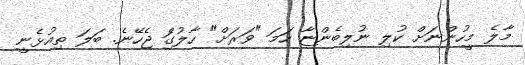
މާލެ މީހުންނަށް ކުލި ނުލިބެންޏާ ހަމަ "ވަރަށް" ހާލުގަެި ޖެހޭނެ. ބަލަ ތިއުޅެނީ